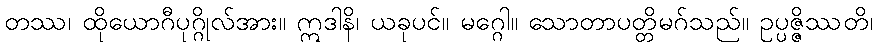
တဿ၊ ထိုယောဂီပုဂ္ဂိုလ်အား။ ဣဒါနိ၊ ယခုပင်။ မဂ္ဂေါ။ သောတာပတ္တိမဂ်သည်။ ဥပ္ပဇ္ဇိဿတိ၊